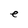
Character: e